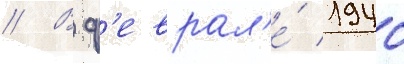
// В ф'еврал'е́ 1940